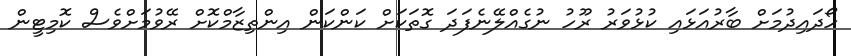
ހޯދައިދުމަށް ބާރުއަޅައި ކުޅުވަރު ރޫހު ނުގެއްލޭނެފަދަ ގޮތަކަށް ކަންކަން އިންތިޒާމްކޮށް ރޭވުމަށްވެސް ކޮމިޓީން